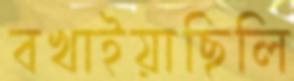
বখাইয়াছিলি